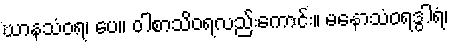
ဃာနသံဝရ၊ ပေ။ ဝါစာသိဝရလည်းကောင်း။ မနောသံဝရဒွါရံ၊